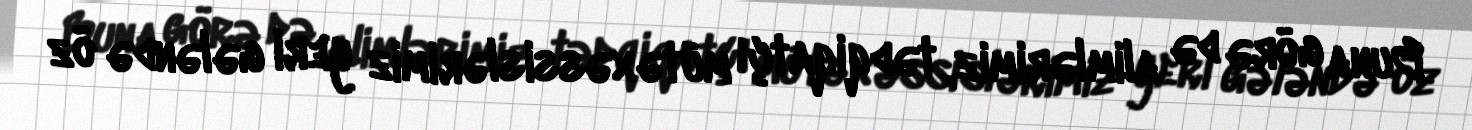
Buna görə də alimlərimiz, tədqiqatçı mütəxəssislərimiz yeri gələndə öz